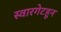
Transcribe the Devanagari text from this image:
स्वारगेटहून